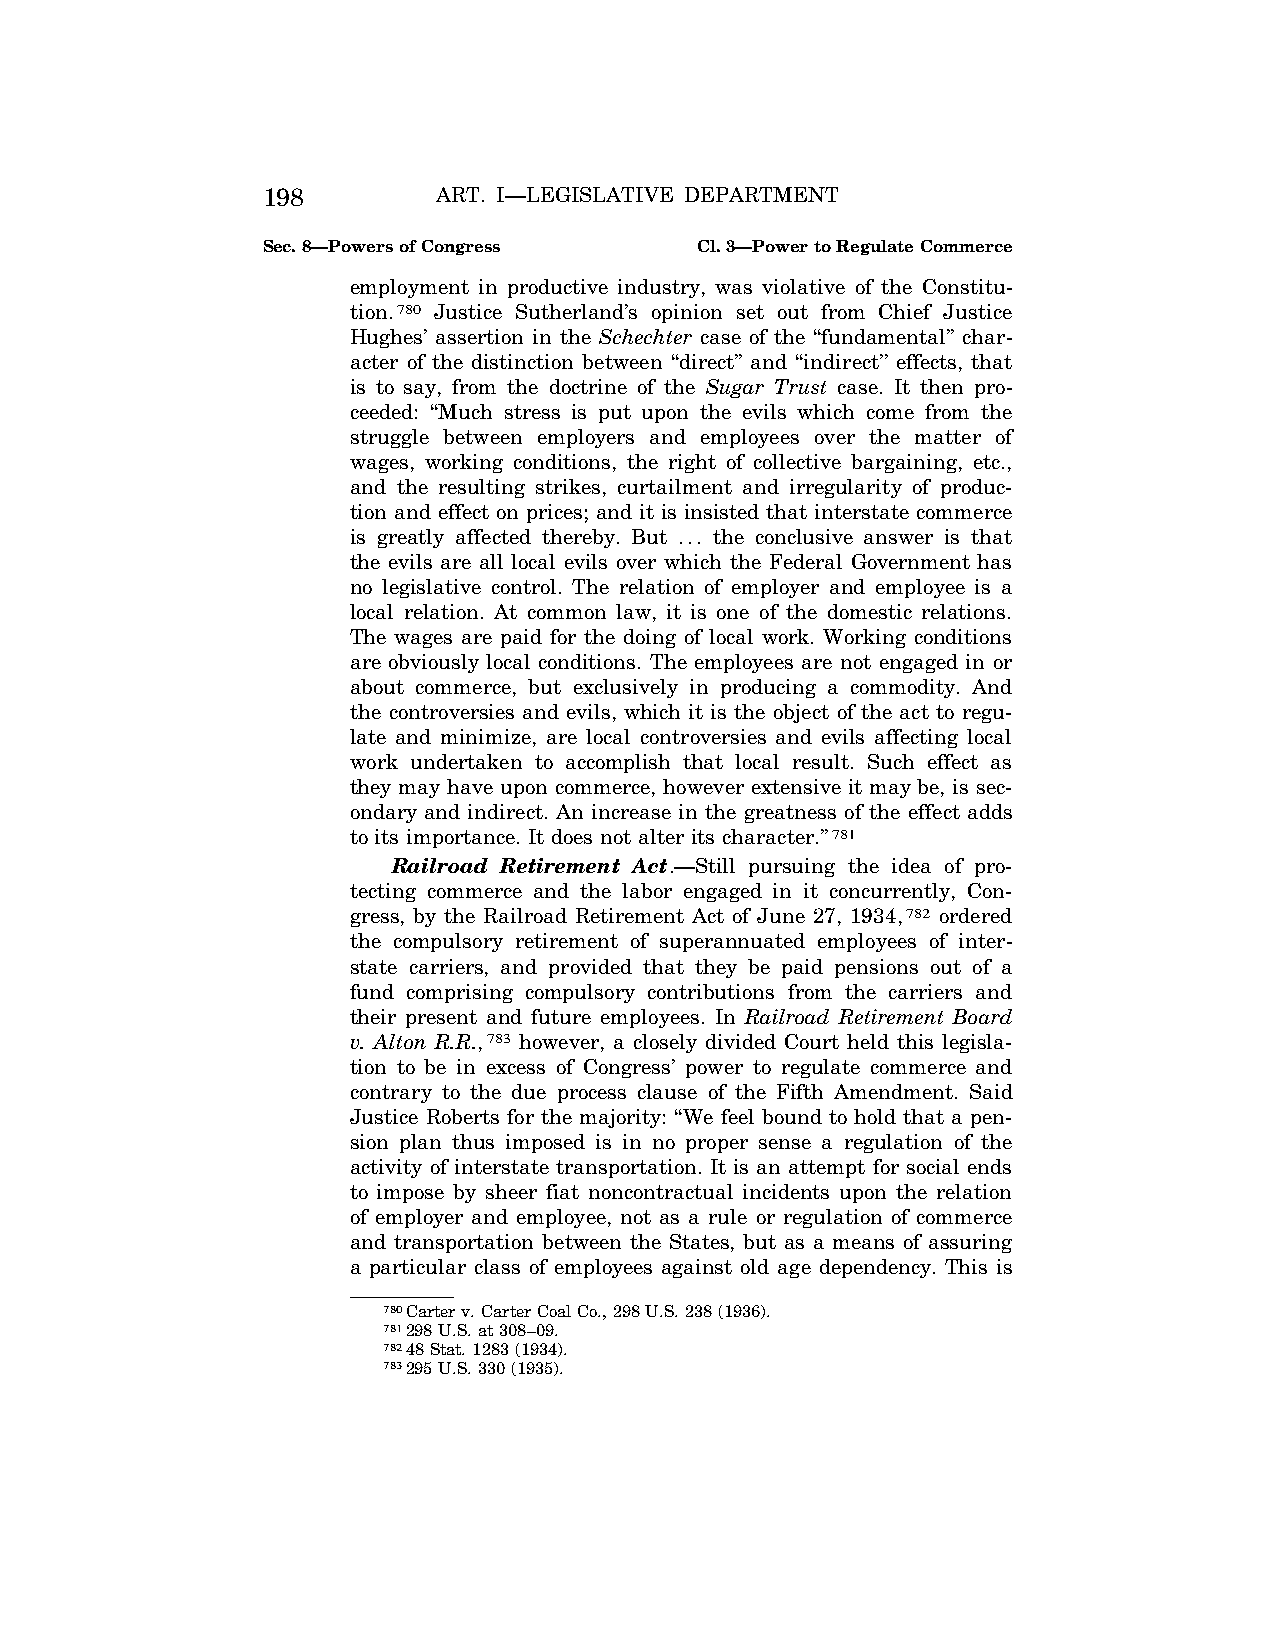
198         ART. I—LEGISLATIVE DEPARTMENT
 Sec. 8—Powers of Congress    Cl. 3—Power to Regulate Commerce
 employment in productive industry, was violative of the Constitu-
 tion.780 Justice Sutherland’s opinion set out from Chief Justice
 Hughes’ assertion in the Schechter case of the ‘‘fundamental’’ char-
 acter of the distinction between ‘‘direct’’ and ‘‘indirect’’ effects, that
 is to say, from the doctrine of the Sugar Trust case. It then pro-
 ceeded: ‘‘Much stress is put upon the evils which come from the
 struggle between employers and employees over the matter of
 wages, working conditions, the right of collective bargaining, etc.,
 and the resulting strikes, curtailment and irregularity of produc-
 tion and effect on prices; and it is insisted that interstate commerce
 is greatly affected thereby. But ... the conclusive answer is that
 the evils are all local evils over which the Federal Government has
 no legislative control. The relation of employer and employee is a
 local relation. At common law, it is one of the domestic relations.
 The wages are paid for the doing of local work. Working conditions
 are obviously local conditions. The employees are not engaged in or
 about commerce, but exclusively in producing a commodity. And
 the controversies and evils, which it is the object of the act to regu-
 late and minimize, are local controversies and evils affecting local
 work undertaken to accomplish that local result. Such effect as
 they may have upon commerce, however extensive it may be, is sec-
 ondary and indirect. An increase in the greatness of the effect adds
 to its importance. It does not alter its character.’’781
 Railroad Retirement Act.—Still pursuing the idea of pro-
 tecting commerce and the labor engaged in it concurrently, Con-
 gress, by the Railroad Retirement Act of June 27, 1934,782 ordered
 the compulsory retirement of superannuated employees of inter-
 state carriers, and provided that they be paid pensions out of a
 fund comprising compulsory contributions from the carriers and
 their present and future employees. In Railroad Retirement Board
 v. Alton R.R.,783 however, a closely divided Court held this legisla-
 tion to be in excess of Congress’ power to regulate commerce and
 contrary to the due process clause of the Fifth Amendment. Said
 Justice Roberts for the majority: ‘‘We feel bound to hold that a pen-
 sion plan thus imposed is in no proper sense a regulation of the
 activity of interstate transportation. It is an attempt for social ends
 to impose by sheer fiat noncontractual incidents upon the relation
 of employer and employee, not as a rule or regulation of commerce
 and transportation between the States, but as a means of assuring
 a particular class of employees against old age dependency. This is
 780Carter v. Carter Coal Co., 298 U.S. 238 (1936).
 781298 U.S. at 308–09.
 78248 Stat. 1283 (1934).
 783295 U.S. 330 (1935).
 VerDate Apr<14>2004 12:35 Apr 14, 2004 Jkt 077500 PO 00000 Frm 00136 Fmt 8222 Sfmt 8222 C:\CONAN\CON009.SGM PRFM99 PsN: CON009